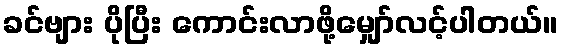
ခင်ဗျား ပိုပြီး ကောင်းလာဖို့မျှော်လင့်ပါတယ်။